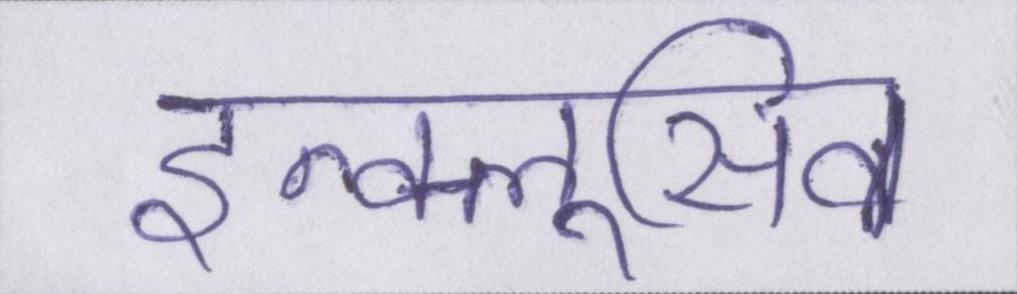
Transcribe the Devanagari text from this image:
इन्क्लूसिव